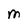
Character: M